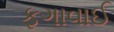
ફગાવાઈ